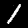
Digit: 1